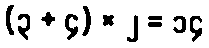
(၃ + ၄) × ၂ = ၁၄